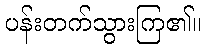
ပန်းတက်သွားကြ၏။